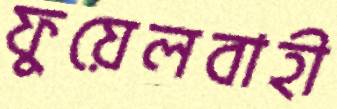
ফুয়েলবাহী